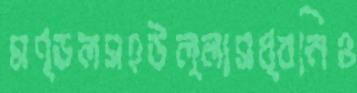
মণ্ডলসহউল্লাসধ্বনিও